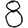
Digit: 8